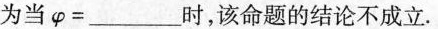
为当\varphi =___时，该命题的结论不成立。